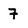
Character: 7